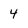
Character: 4